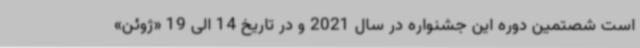
است شصتمین دوره این جشنواره در سال 2021 و در تاریخ 14 الی 19 «ژوئن»